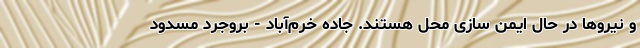
و نیروها در حال ایمن سازی محل هستند. جاده خرم‌آباد - بروجرد مسدود